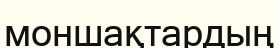
моншақтардың